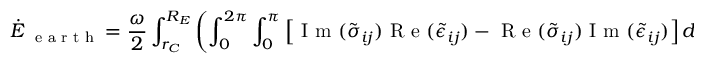
\dot { E } _ { \mathrm { ~ \scriptsize ~ e ~ a ~ r ~ t ~ h ~ } } = \frac { \omega } { 2 } \int _ { r _ { C } } ^ { R _ { E } } \left( \int _ { 0 } ^ { 2 \pi } \int _ { 0 } ^ { \pi } \left[ \mathrm { ~ I ~ m ~ } ( \tilde { \sigma } _ { i j } ) \mathrm { ~ R ~ e ~ } ( \tilde { \epsilon } _ { i j } ) - \mathrm { ~ R ~ e ~ } ( \tilde { \sigma } _ { i j } ) \mathrm { ~ I ~ m ~ } ( \tilde { \epsilon } _ { i j } ) \right] d \theta d \phi \right) d r .